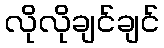
လိုလိုချင်ချင်